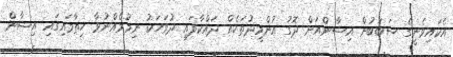
އެކައިވެނީގެ ސަބަބުން އިޝާންއަށް ދޮގު އުންމީދުތަކެއް ދައްކާފައި ދުވަހަކު ނިމުމެއްނުވާ ހިތާމައިގައި އިޝާން